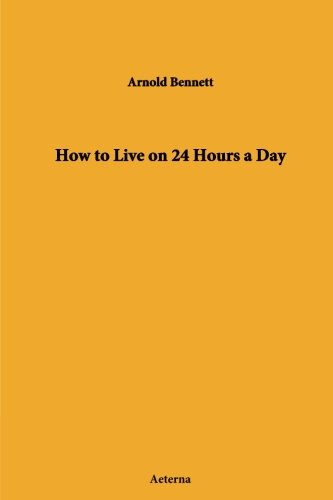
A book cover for How to Live on 24 Hours a Day; Arnold Bennett; Self-Help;